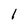
Character: 1